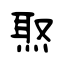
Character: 焣